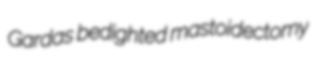
Gardas bedighted mastoidectomy